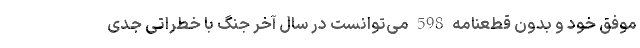
موفق خود و بدون قطعنامه 598 می‌توانست در سال آخر جنگ با خطراتی جدی